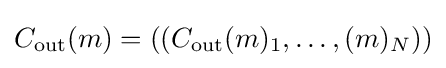
C_{\text{out}}(m)=((C_{\text{out}}(m)_{1},\ldots ,(m)_{N}))